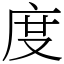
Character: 度